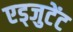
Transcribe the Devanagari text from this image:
एड्जुटेंट